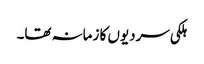
ہلکی سردیوں کا زمانہ تھا۔